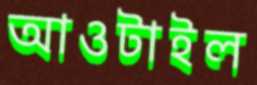
আওটাইল